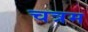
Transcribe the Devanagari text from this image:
चत्रम